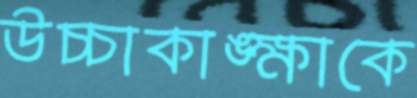
উচ্চাকাঙ্ক্ষাকে